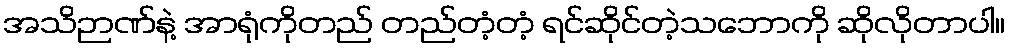
အသိဉာဏ်နဲ့ အာရုံကိုတည် တည်တံ့တံ့ ရင်ဆိုင်တဲ့သဘောကို ဆိုလိုတာပါ။